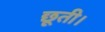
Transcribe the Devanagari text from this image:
छूती।